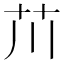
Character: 𫇨